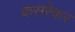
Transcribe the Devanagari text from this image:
कसरेकर